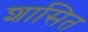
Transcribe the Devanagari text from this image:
शासित